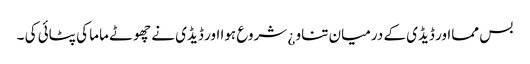
بس ممااور ڈیڈی کے درمیان تناو ¿ شروع ہوا اور ڈیڈی نے چھوٹے ماما کی پٹائی کی ۔